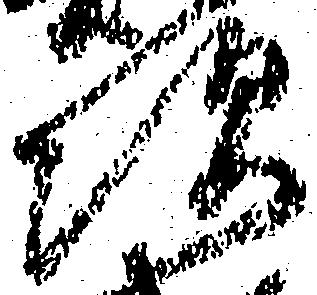
次